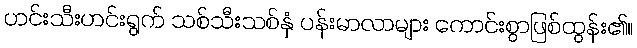
ဟင်းသီးဟင်းရွက် သစ်သီးသစ်နှံ ပန်းမာလာများ ကောင်းစွာဖြစ်ထွန်း၏။